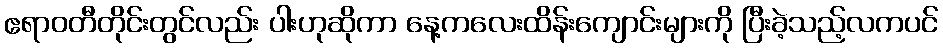
ဧရာဝတီတိုင်းတွင်လည်း ပါးဟုဆိုကာ နေ့ကလေးထိန်းကျောင်းများကို ပြီးခဲ့သည့်လကပင်